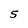
Character: 5